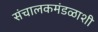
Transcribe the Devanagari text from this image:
संचालकमंडळाशी